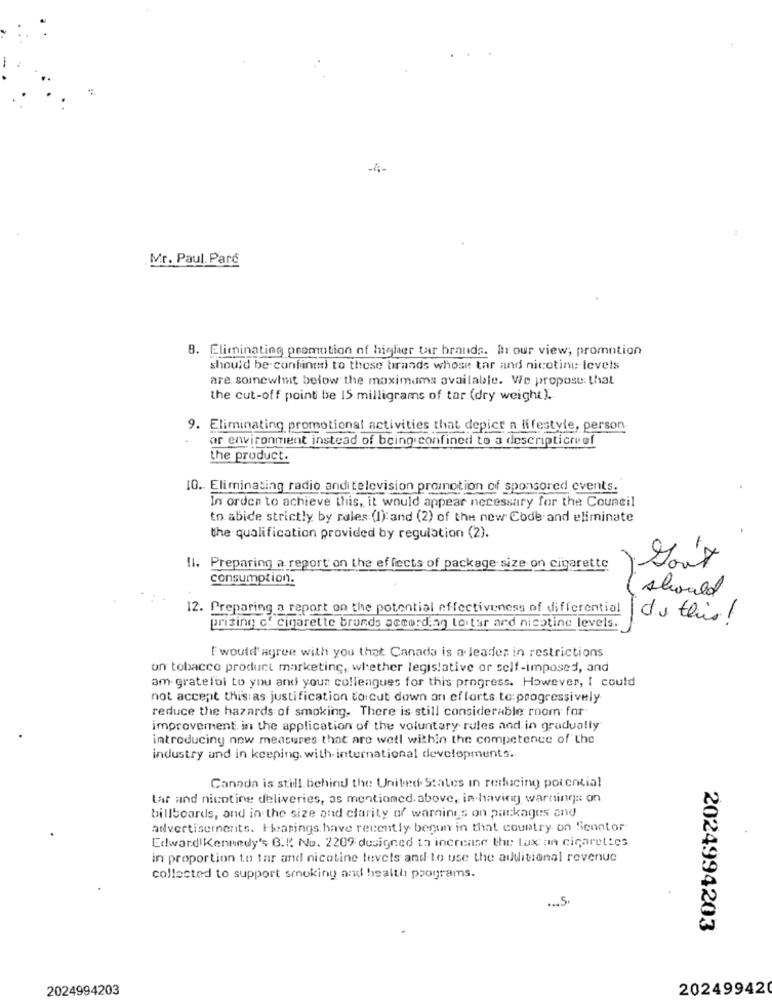
-4-
Mr. Paul, Parc
8. Eliminating promotion of higher tar brands. her our view; promotion
should be confined to these brands whose tar and nicotinu levels
are somewhat below the maximums available. We propose: that
the cut-off point be 15 milligrams of tar (dry weight ).
9. Eliminating promotional activities that depict a lifestyle, person
or environment instead of being confined to a descripticreef
the product.
10. Eliminating radio and television promotion of sponsored events.
In order to achieve this, it would appear necessary for the Council
to abide strictly by rules (I): and (2) of the new Code and eliminate
the qualification provided by regulation (2).
11. Preparing a report on the effects of package size on cigarette
Sout
consumption.
should
12. Preparing a report on the potential effectiveness of differential
du this !
prising c. cigarette brunds according leiter ard nicotine levels.
Iwould agree with you that Canada is a leader in restrictions
on tobacco product marketing, whether legislative or self-imposed, and
am grateful to you and your colleagues for this progress. However, I could
not accept this as justification to cut down an efforts to:progressively
reduce the hazards of smoking. There is still considerable room for
improvement. in the application of the voluntary rules and in gradually
introducing now measures that are well within the competence of the
industry und in keeping. with international developments.
Canada is still behind the United States in reducing potential
tar and nicotine deliveries, as mentioned. above, in-having warning :: on
billboards, and in the size and clarity of warnings on packages and
advertisements. Hearings. have recently benun in that country on Senator
Edward Kennedy's B.I. No. 2209 designed to increase the Lax an cigarettes
in proportion to tar and nicotine levels and to use the additional revenue
collected to support smoking and health programs.
... 5
2024994203
2024994203
202499420